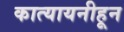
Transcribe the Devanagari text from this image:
कात्यायनीहून